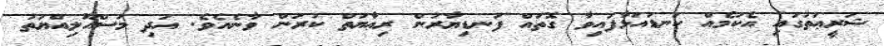
ޝަރީޢަތުގައި އެކަމެއް ކަނޑައަޅާފައިވާ ގޮތައް ފަނޑިޔާރުން ރިޢާޔަތް ކުރަން ވާނެއެވެ. އަދި މަސްއޫލިއްޔަތު